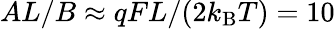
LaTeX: AL/B\approx qFL/(2k_{\mathrm{B}}T)=10